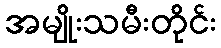
အမျိုးသမီးတိုင်း